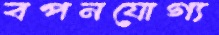
বপনযোগ্য